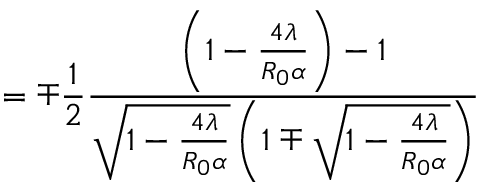
= \mp \frac { 1 } { 2 } \frac { \left( 1 - \frac { 4 \lambda } { R _ { 0 } \alpha } \right) - 1 } { \sqrt { 1 - \frac { 4 \lambda } { R _ { 0 } \alpha } } \left( 1 \mp \sqrt { 1 - \frac { 4 \lambda } { R _ { 0 } \alpha } } \right) }